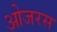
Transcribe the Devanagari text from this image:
ओजरस